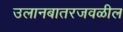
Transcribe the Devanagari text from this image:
उलानबातरजवळील